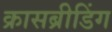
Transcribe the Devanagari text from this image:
क्रासब्रीडिंग